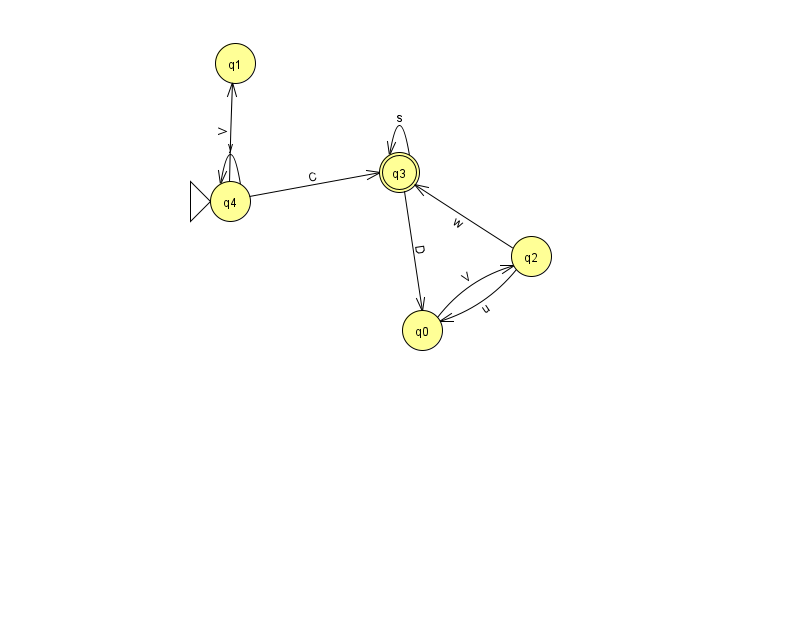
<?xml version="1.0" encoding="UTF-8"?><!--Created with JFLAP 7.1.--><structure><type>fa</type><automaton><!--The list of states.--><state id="0" name="q0"><x>422.0</x><y>317.0</y></state><state id="1" name="q1"><x>235.0</x><y>50.0</y></state><state id="2" name="q2"><x>531.0</x><y>243.0</y></state><state id="3" name="q3"><x>399.0</x><y>159.0</y><final/></state><state id="4" name="q4"><x>230.0</x><y>188.0</y><initial/></state><!--The list of transitions.--><transition><from>3</from><to>3</to><read>s</read></transition><transition><from>4</from><to>1</to><read>V</read></transition><transition><from>4</from><to>3</to><read>C</read></transition><transition><from>3</from><to>0</to><read>D</read></transition><transition><from>2</from><to>0</to><read>u</read></transition><transition><from>4</from><to>4</to><read>y</read></transition><transition><from>0</from><to>2</to><read>V</read></transition><transition><from>2</from><to>3</to><read>w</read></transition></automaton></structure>